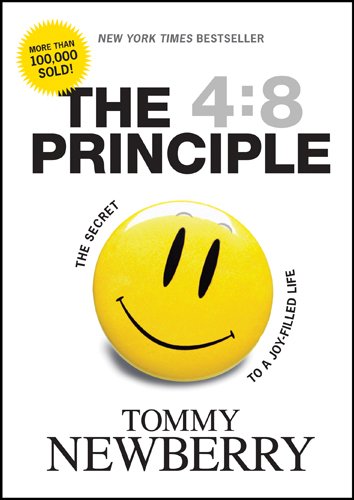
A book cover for The 4:8 Principle: The Secret to a Joy-Filled Life; Tommy Newberry; Christian Books & Bibles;